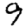
Digit: 9